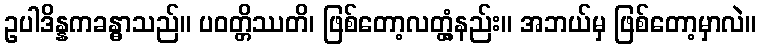
ဥပါဒိန္နကခန္ဓာသည်။ ပဝတ္တိဿတိ၊ ဖြစ်တော့လတ္တံ့နည်း။ အဘယ်မှ ဖြစ်တော့မှာလဲ။